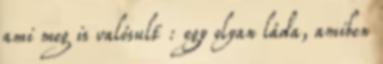
ami meg is valósult : egy olyan láda, amiben